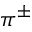
\pi ^ { \pm }